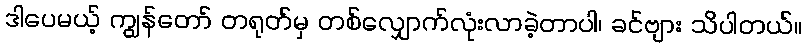
ဒါပေမယ့် ကျွန်တော် တရုတ်မှ တစ်လျှောက်လုံးလာခဲ့တာပါ၊ ခင်ဗျား သိပါတယ်။